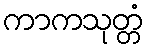
ကာကသုတ္တံ